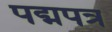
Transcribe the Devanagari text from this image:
पद्मपत्र